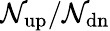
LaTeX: \mathcal{N}_{\mathrm{{{up}}}}/\mathcal{N}_{\mathrm{{{dn}}}}